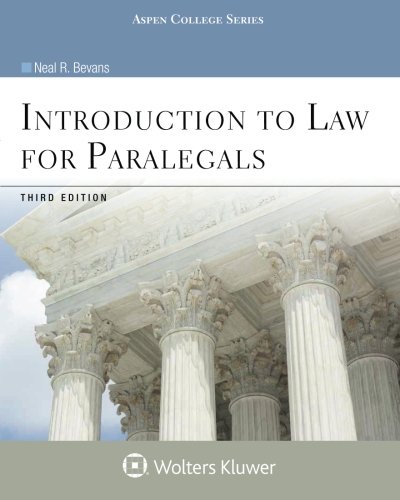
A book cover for Introduction to Law for Paralegals, Third Edition (Introduction to Law Series) (Aspen College Series); Neal  R. Bevans; Law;